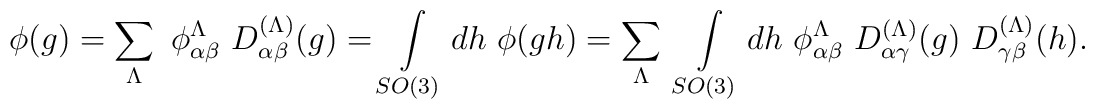
\phi(g) = \sum_\Lambda \ \phi^{\Lambda}_{\alpha\beta}\ D^{(\Lambda)}_{\alpha\beta}(g) = \int\limits_{SO(3)} dh\ \phi(gh) = \sum_\Lambda \ \int\limits_{SO(3)} dh\ \phi^{\Lambda}_{\alpha\beta}\ D^{(\Lambda)}_{\alpha\gamma}(g)\ D^{(\Lambda)}_{\gamma\beta}(h).